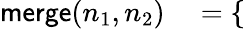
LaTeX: \begin{array}{rl}{\textsf{merge}(n_{1},n_{2})}&{{}=\left\{ \begin{array}{ll}{\begin{array}{rlrlrl}\end{array}}\end{array}\right.}\end{array}